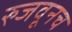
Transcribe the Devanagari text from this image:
रुजवूनच